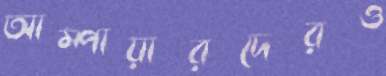
আম্পায়ারদেরও